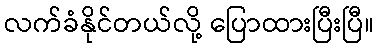
လက်ခံနိုင်တယ်လို့ ပြောထားပြီးပြီ။